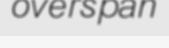
overspan